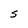
Character: S